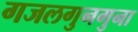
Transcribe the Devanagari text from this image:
गजलगुनगुना